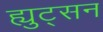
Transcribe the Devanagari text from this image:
ह्युट्सन